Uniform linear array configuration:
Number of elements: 12
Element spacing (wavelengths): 0.5
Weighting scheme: blackman
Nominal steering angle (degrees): -15
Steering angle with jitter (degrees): -15.977
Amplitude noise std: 0.05
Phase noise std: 0.05

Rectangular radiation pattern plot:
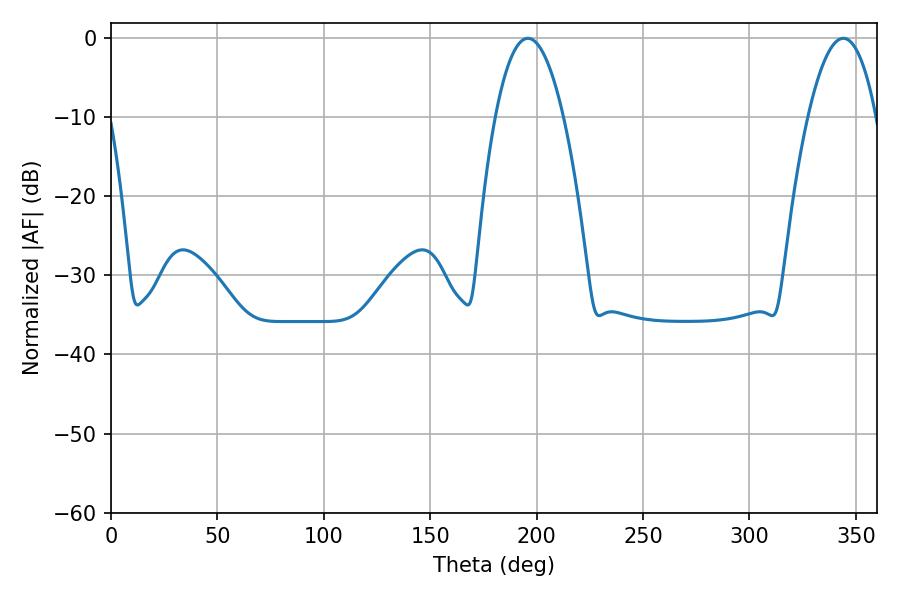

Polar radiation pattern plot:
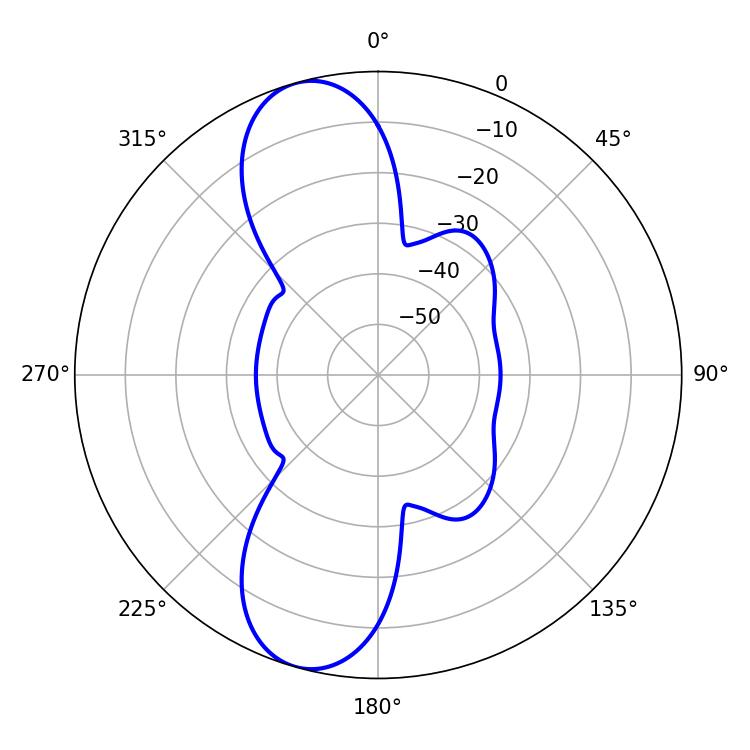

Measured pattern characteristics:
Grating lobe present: FALSE
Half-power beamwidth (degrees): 17.82
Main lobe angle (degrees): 195.84